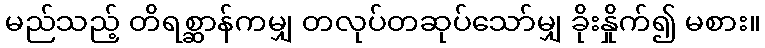
မည်သည့် တိရစ္ဆာန်ကမျှ တလုပ်တဆုပ်သော်မျှ ခိုးနှိုက်၍ မစား။